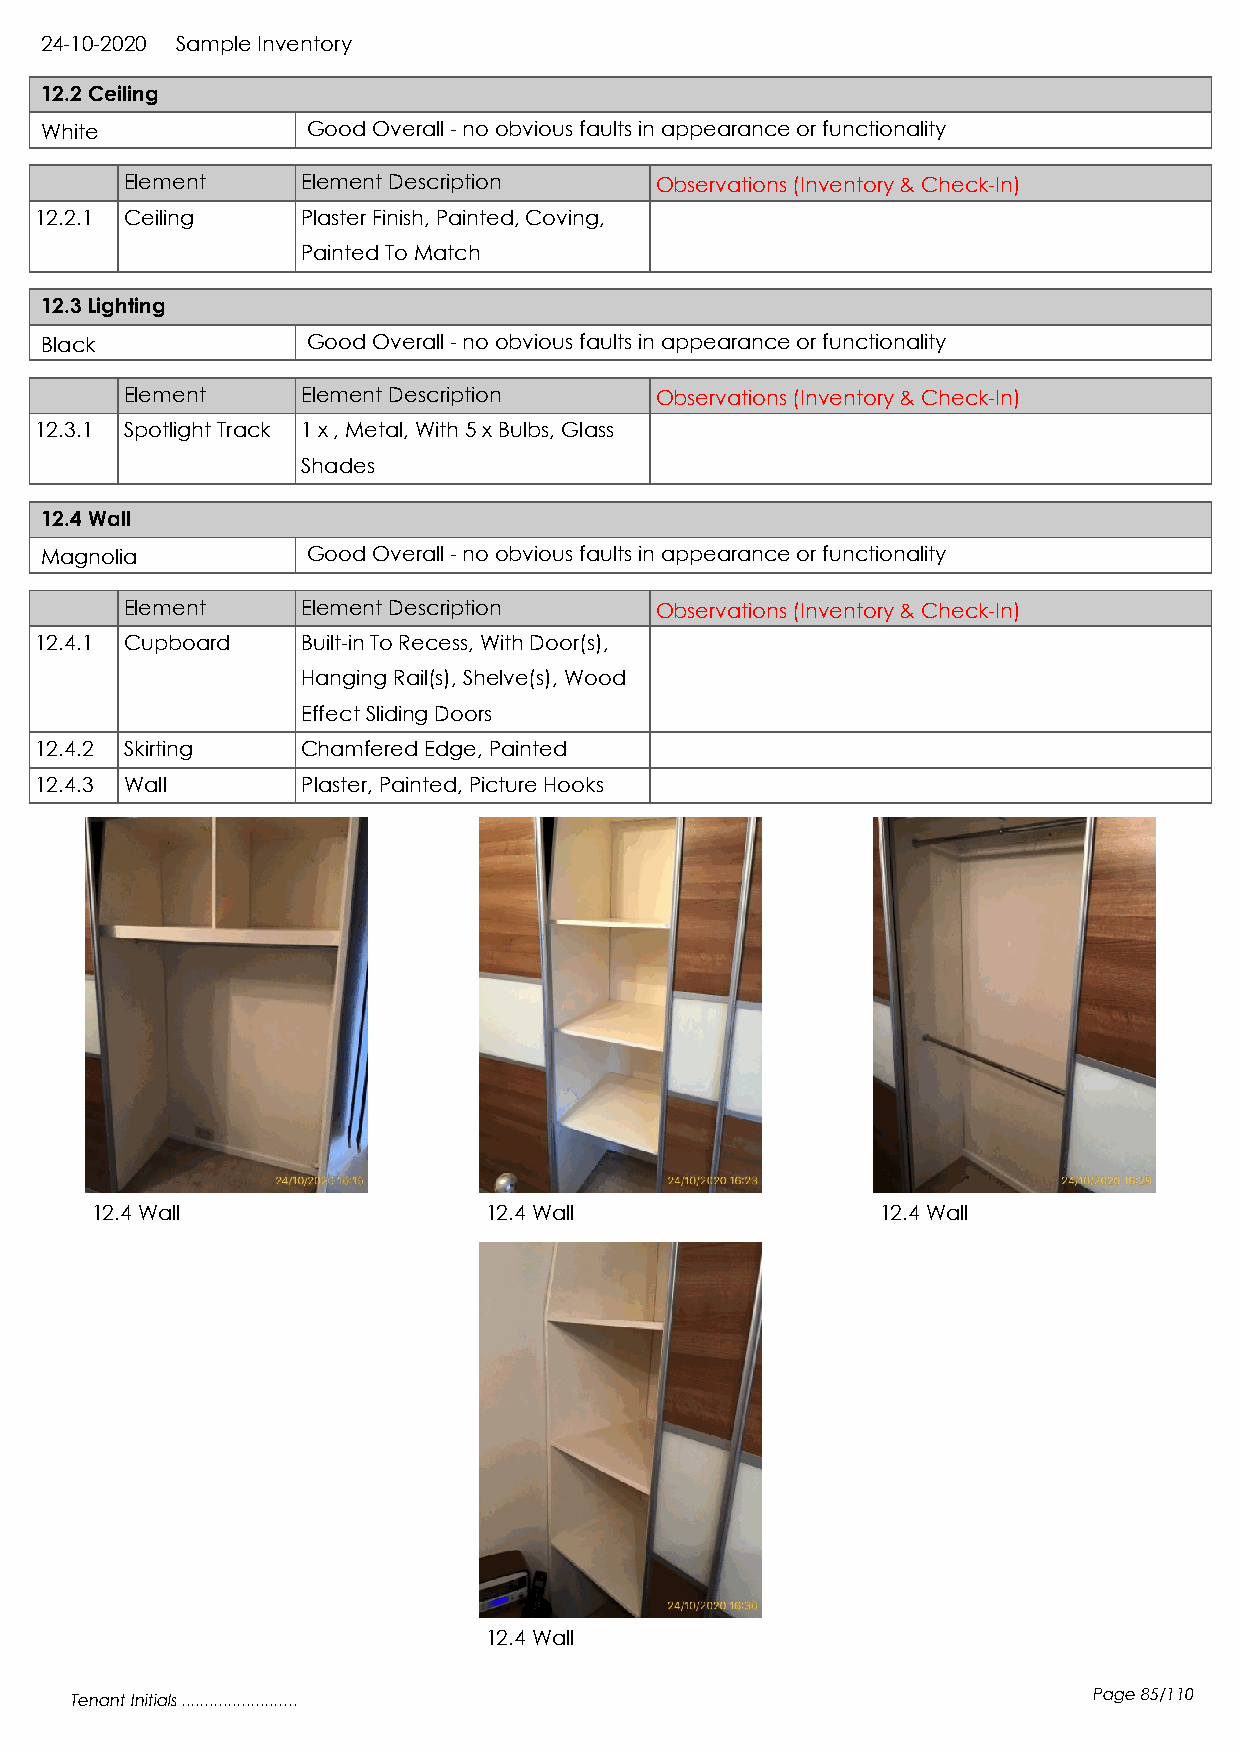
24-10-2020 Sample Inventory
 12.2 Ceiling
 White            Good Overall - no obvious faults in appearance or functionality
 Element     Element Description    Observations (Inventory & Check-In)
 12.2.1 Ceiling    Plaster Finish, Painted, Coving,
 Painted To Match
 12.3 Lighting
 Black            Good Overall - no obvious faults in appearance or functionality
 Element     Element Description    Observations (Inventory & Check-In)
 12.3.1 Spotlight Track 1 x , Metal, With 5 x Bulbs, Glass
 Shades
 12.4 Wall
 Magnolia         Good Overall - no obvious faults in appearance or functionality
 Element     Element Description    Observations (Inventory & Check-In)
 12.4.1 Cupboard   Built-in To Recess, With Door(s),
 Hanging Rail(s), Shelve(s), Wood
 Effect Sliding Doors
 12.4.2 Skirting   Chamfered Edge, Painted
 12.4.3 Wall       Plaster, Painted, Picture Hooks
 12.4 Wall                 12.4 Wall                 12.4 Wall
 12.4 Wall
 Tenant Initials .........................                          Page 85/110